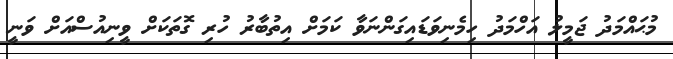
މުޙައްމަދު ޖަމީލު އަހްމަދު ހިމެނިވަޑައިގަންނަވާ ކަމަށް އިތުބާރު ހުރި ގޮތަކަށް ވީނިއުސްއަށް ވަނީ